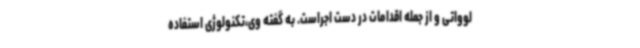
لوواتی و از جمله اقدامات در دست اجراست. به گفته وی،تکنولوژی استفاده